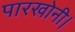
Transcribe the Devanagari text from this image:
पारखोनी।